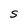
Character: S